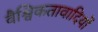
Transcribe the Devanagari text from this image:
वैश्विकतावादियों